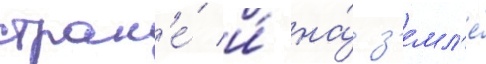
стран'е́ и́ на́ з'емл'е́